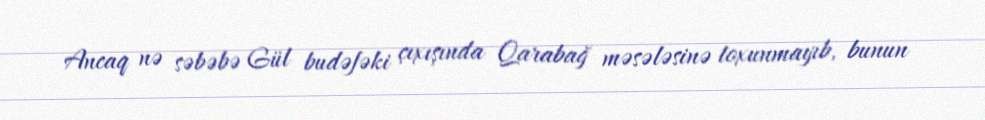
Ancaq nə səbəbə Gül budəfəki çıxışında Qarabağ məsələsinə toxunmayıb, bunun